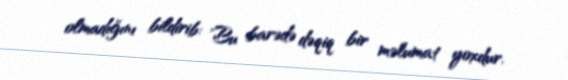
olmadığını bildirib: "Bu barədə dəqiq bir məlumat yoxdur.